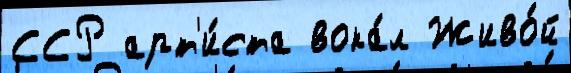
ССР арт'и́ста вока́л Живо́й